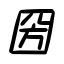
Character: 圀